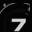
Digit: 7